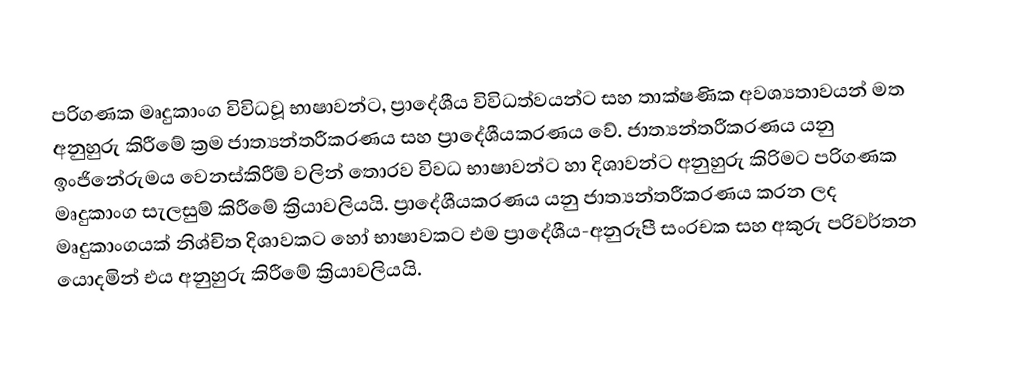
පරිගණක මෘදුකාංග විවිධවූ භාෂාවන්ට, ප්‍රාදේශීය විවිධත්වයන්ට සහ තාක්ෂණික අවශ්‍යතාවයන් මත අනුහුරු කිරීමේ ක්‍රම ජාත්‍යන්තරීකරණය සහ ප්‍රාදේශීයකරණය වේ.  ජාත්‍යන්තරීකරණය යනු ඉංජිනේරුමය වෙනස්කිරීම් වලින් තොරව විවධ භාෂාවන්ට හා  දිශාවන්ට අනුහුරු කිරිමට  පරිගණක මෘදුකාංග සැලසුම් කිරීමේ ක්‍රියාවලියයි. ප්‍රාදේශීයකරණය යනු ජාත්‍යන්තරීකරණය කරන ලද මෘදුකාංගයක් නිශ්චිත දිශාවකට හෝ භාෂාවකට එම ප්‍රාදේශීය-අනුරූපී සංරචක සහ අකුරු පරිවර්තන යොදමින් එය අනුහුරු කිරීමේ ක්‍රියාවලියයි.